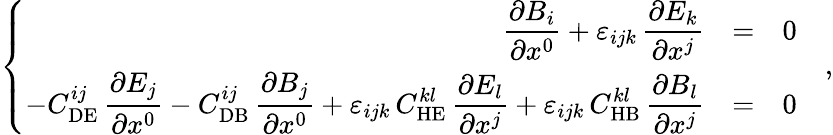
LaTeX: \left\{ \begin{array}{rcl}{{\displaystyle\frac{\partial B_{i}}{\partial x^{0}}{}+{}\varepsilon_{ijk}\, \displaystyle\frac{\partial E_{k}}{\partial x^{j}}}}&{{=}}&{{0}}\\ {{-C_{\mathrm{DE}}^{ij}\, \displaystyle\frac{\partial E_{j}}{\partial x^{0}}{}-{}C_{\mathrm{DB}}^{ij}\, \displaystyle\frac{\partial B_{j}}{\partial x^{0}}{}+{}\varepsilon_{ijk}\, C_{\mathrm{HE}}^{kl}\, \displaystyle\frac{\partial E_{l}}{\partial x^{j}}{}+{}\varepsilon_{ijk}\, C_{\mathrm{HB}}^{kl}\, \displaystyle\frac{\partial B_{l}}{\partial x^{j}}}}&{{=}}&{{0}}\end{array}\right.\quad,